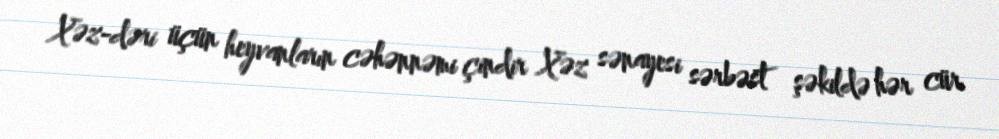
Xəz-dəri üçün heyvanların cəhənnəmi çindir Xəz sənayesi sərbəst şəkildə hər cür